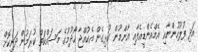
އަދި ފުލުހުންނާއި އެމްއެންޑީއެފާއި އާންމުން ގުޅިގެން އެކުއްޖާ ހޯދުމުގެ މަސައްކަތް ކުރަމުން ދަނިކޮށް